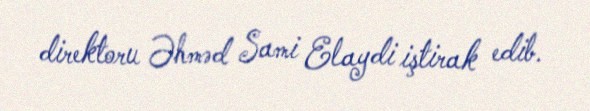
direktoru Əhməd Sami Elaydi iştirak edib.